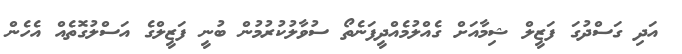
އަދި ގަސްދުގަ ފަޒީލް ޝިމާއަށް ގެއްލުމެެއްދީފަނެތޯ ސުވާލުކުރުމުން ބުނީ ފަޒީލްގެ އަސްލުގޮތެއް އެހެން